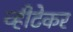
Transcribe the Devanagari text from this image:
व्हीटेकर